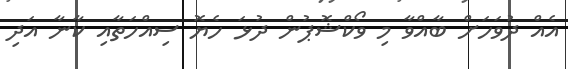
އެއް ދުވަހަށް ބާއްވާ މި ވޯކްޝޮޕުން ދުޅަ ހެޔޮ ސިއްހަތާއި ކާނާ އަދި